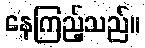
နေကြည့်သည်။